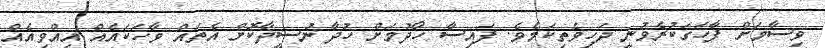
ވިސާމަށް ފާހަގަކުރެވުނީ ދަހިވެތިކަމެވެ. ފައިސާ ހޯދުމަށް ހުދާ ނުސީދާކޮށް އެތައް ވާހަކައެއް އިއްވިއެއް